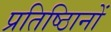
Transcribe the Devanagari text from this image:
प्रतिष्ठिानों